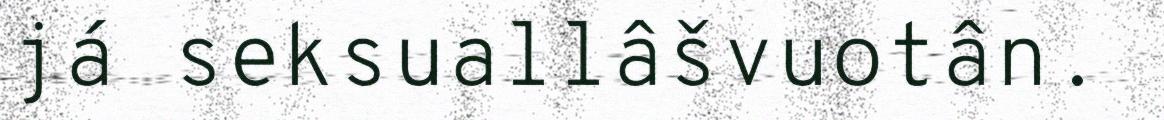
já seksuallâšvuotân.